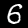
Label: 6